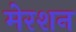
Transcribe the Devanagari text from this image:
मेरशन